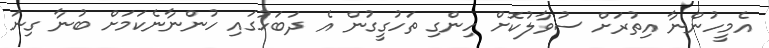
އެމީހުންނާ އިތުރަށް ސުވާލުކޮށް ހިންގި ތަހުގީގުން އެ ދަބަހުގައި ހުންނާނެކަމަށް ބުނާ ގިނަ